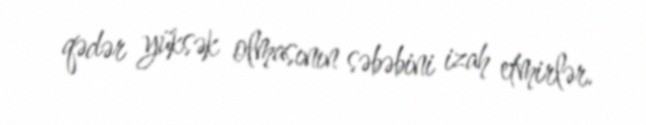
qədər yüksək olmasının səbəbini izah etmirlər.